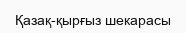
Қазақ-қырғыз шекарасы